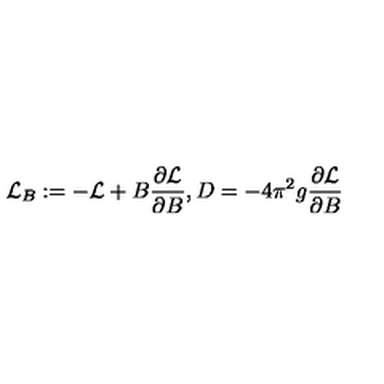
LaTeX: { \cal L } _ { B } : = - { \cal L } + B \frac { \partial { \cal L } } { \partial B } , D = - 4 \pi ^ { 2 } g \frac { \partial { \cal L } } { \partial B }